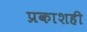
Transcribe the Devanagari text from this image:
प्रकाशही